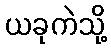
ယခုကဲသို့